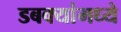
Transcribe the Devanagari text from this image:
डबक्यांमध्ये